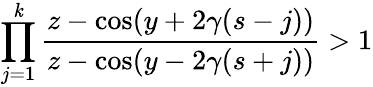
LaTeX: \prod_{j=1}^{\mathit{k}}\frac{{z-\cos(y+2\gamma(s-j))}}{{z-\cos(y-2\gamma(s+j))}}>1